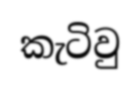
කැටිවු